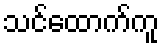
သင်ထောက်ကူ